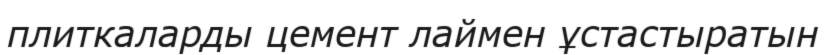
плиткаларды цемент лаймен ұстастыратын